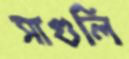
সাগুলি